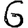
Digit: 6